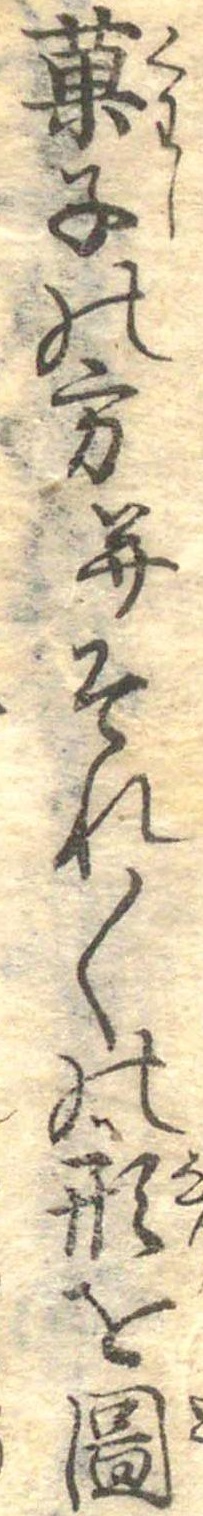
菓子の方并それ〱の形を図